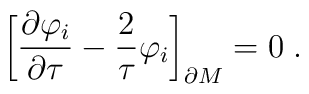
\biggr[{\partial \varphi_{i}\over \partial \tau}-{2\over \tau}\varphi_{i}\biggr]_{\partial M}=0 \; .